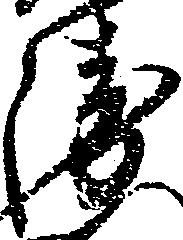
衛